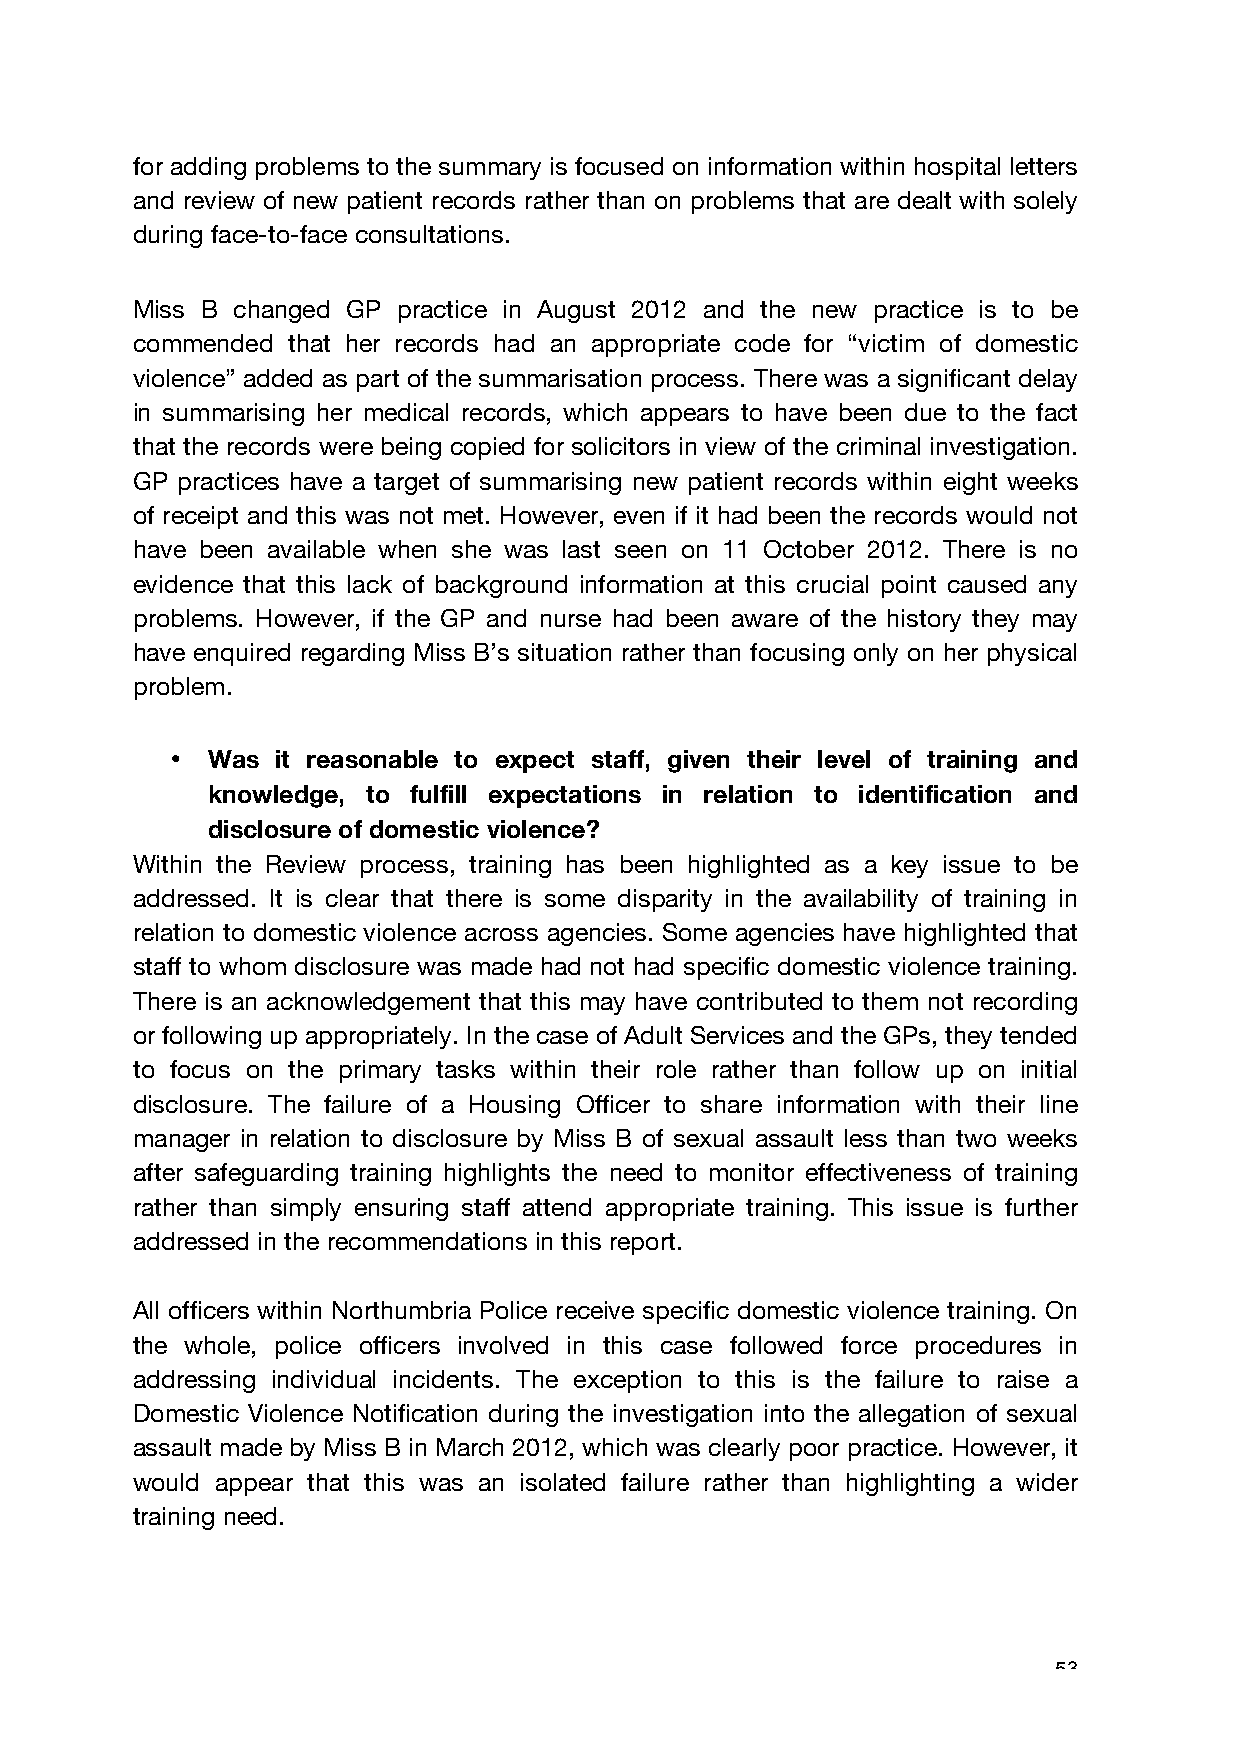
for adding problems to the summary is focused on information within hospital letters
 and review of new patient records rather than on problems that are dealt with solely
 during face-to-face consultations.
 Miss B changed GP practice in August 2012 and the new practice is to be
 commended that her records had an appropriate code for “victim of domestic
 violence” added as part of the summarisation process. There was a significant delay
 in summarising her medical records, which appears to have been due to the fact
 that the records were being copied for solicitors in view of the criminal investigation.
 GP practices have a target of summarising new patient records within eight weeks
 of receipt and this was not met. However, even if it had been the records would not
 have been available when she was last seen on 11 October 2012. There is no
 evidence that this lack of background information at this crucial point caused any
 problems. However, if the GP and nurse had been aware of the history they may
 have enquired regarding Miss B’s situation rather than focusing only on her physical
 problem.
 •  Was it reasonable to expect staff, given their level of training and
 knowledge, to fulfill expectations in relation to identification and
 disclosure of domestic violence?
 Within the Review process, training has been highlighted as a key issue to be
 addressed. It is clear that there is some disparity in the availability of training in
 relation to domestic violence across agencies. Some agencies have highlighted that
 staff to whom disclosure was made had not had specific domestic violence training.
 There is an acknowledgement that this may have contributed to them not recording
 or following up appropriately. In the case of Adult Services and the GPs, they tended
 to focus on the primary tasks within their role rather than follow up on initial
 disclosure. The failure of a Housing Officer to share information with their line
 manager in relation to disclosure by Miss B of sexual assault less than two weeks
 after safeguarding training highlights the need to monitor effectiveness of training
 rather than simply ensuring staff attend appropriate training. This issue is further
 addressed in the recommendations in this report.
 All officers within Northumbria Police receive specific domestic violence training. On
 the whole, police officers involved in this case followed force procedures in
 addressing individual incidents. The exception to this is the failure to raise a
 Domestic Violence Notification during the investigation into the allegation of sexual
 assault made by Miss B in March 2012, which was clearly poor practice. However, it
 would appear that this was an isolated failure rather than highlighting a wider
 training need.
 53